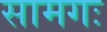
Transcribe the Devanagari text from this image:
सामगः